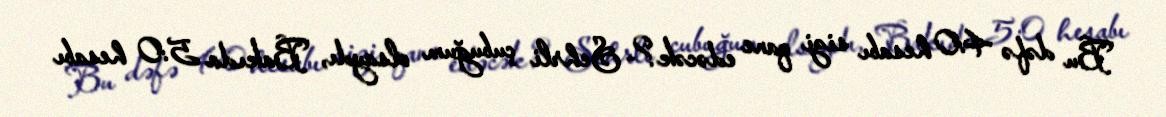
Bu dəfə 4:0 hesabı sizi qane edəcək?- Sehrli çubuğum olsaydı, Bakıda 5:0 hesabı